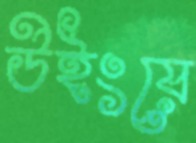
উইংয়ে